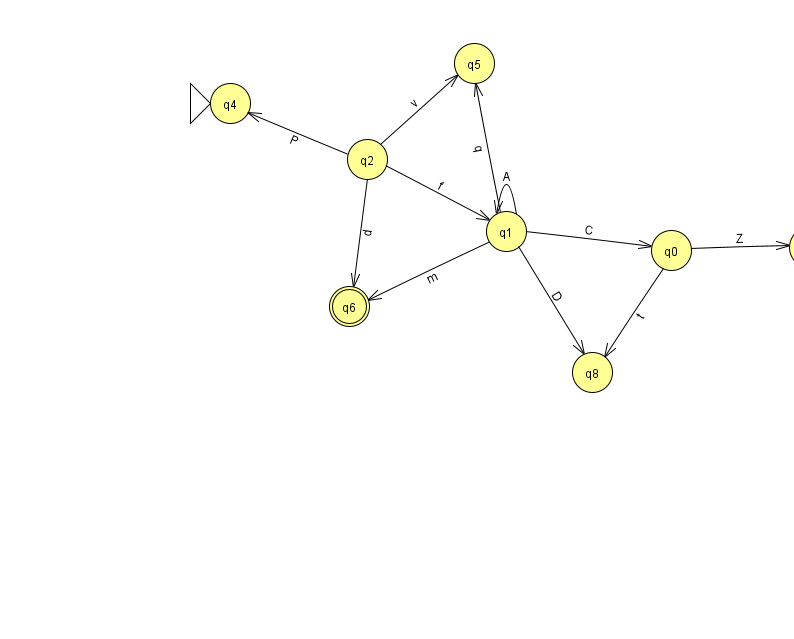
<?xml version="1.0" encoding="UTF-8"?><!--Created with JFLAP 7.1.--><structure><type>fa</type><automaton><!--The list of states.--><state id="0" name="q0"><x>671.0</x><y>237.0</y></state><state id="1" name="q1"><x>506.0</x><y>218.0</y></state><state id="2" name="q2"><x>367.0</x><y>146.0</y></state><state id="3" name="q3"><x>809.0</x><y>234.0</y></state><state id="4" name="q4"><x>230.0</x><y>90.0</y><initial/></state><state id="5" name="q5"><x>474.0</x><y>50.0</y></state><state id="6" name="q6"><x>349.0</x><y>293.0</y><final/></state><state id="8" name="q8"><x>592.0</x><y>359.0</y></state><!--The list of transitions.--><transition><from>1</from><to>0</to><read>C</read></transition><transition><from>2</from><to>5</to><read>v</read></transition><transition><from>1</from><to>1</to><read>A</read></transition><transition><from>1</from><to>8</to><read>D</read></transition><transition><from>0</from><to>3</to><read>Z</read></transition><transition><from>0</from><to>8</to><read>t</read></transition><transition><from>1</from><to>5</to><read>q</read></transition><transition><from>2</from><to>1</to><read>f</read></transition><transition><from>2</from><to>4</to><read>P</read></transition><transition><from>2</from><to>6</to><read>d</read></transition><transition><from>1</from><to>6</to><read>m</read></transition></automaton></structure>